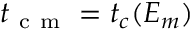
t _ { \mathrm { ~ c ~ m ~ } } = t _ { c } ( { \cal E } _ { m } )